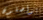
يواصلون